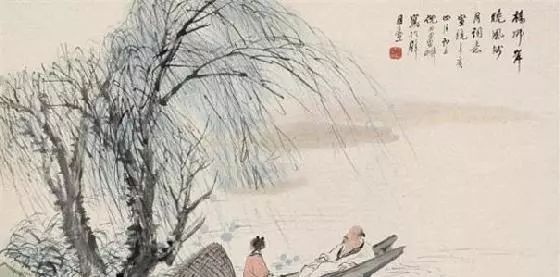
又酒趁哀弦，灯照离席。梨花榆火催寒食。